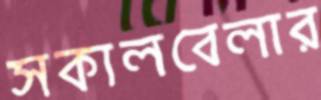
সকালবেলার